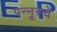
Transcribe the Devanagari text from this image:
पन्नूरचे